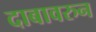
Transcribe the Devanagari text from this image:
दाबावरुन